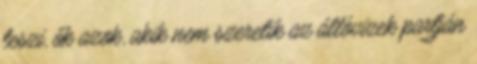
teszi, ők azok, akik nem szeretik az állóvizek partján